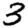
Digit: 3